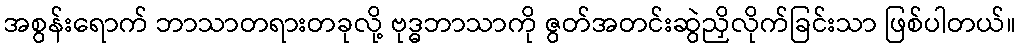
အစွန်းရောက် ဘာသာတရားတခုလို့ ဗုဒ္ဓဘာသာကို ဇွတ်အတင်းဆွဲညှိလိုက်ခြင်းသာ ဖြစ်ပါတယ်။